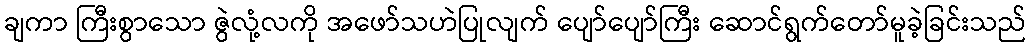
ချကာ ကြီးစွာသော ဇွဲလုံ့လကို အဖော်သဟဲပြုလျက် ပျော်ပျော်ကြီး ဆောင်ရွက်တော်မူခဲ့ခြင်းသည်